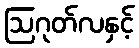
ဩဂုတ်လနှင့်